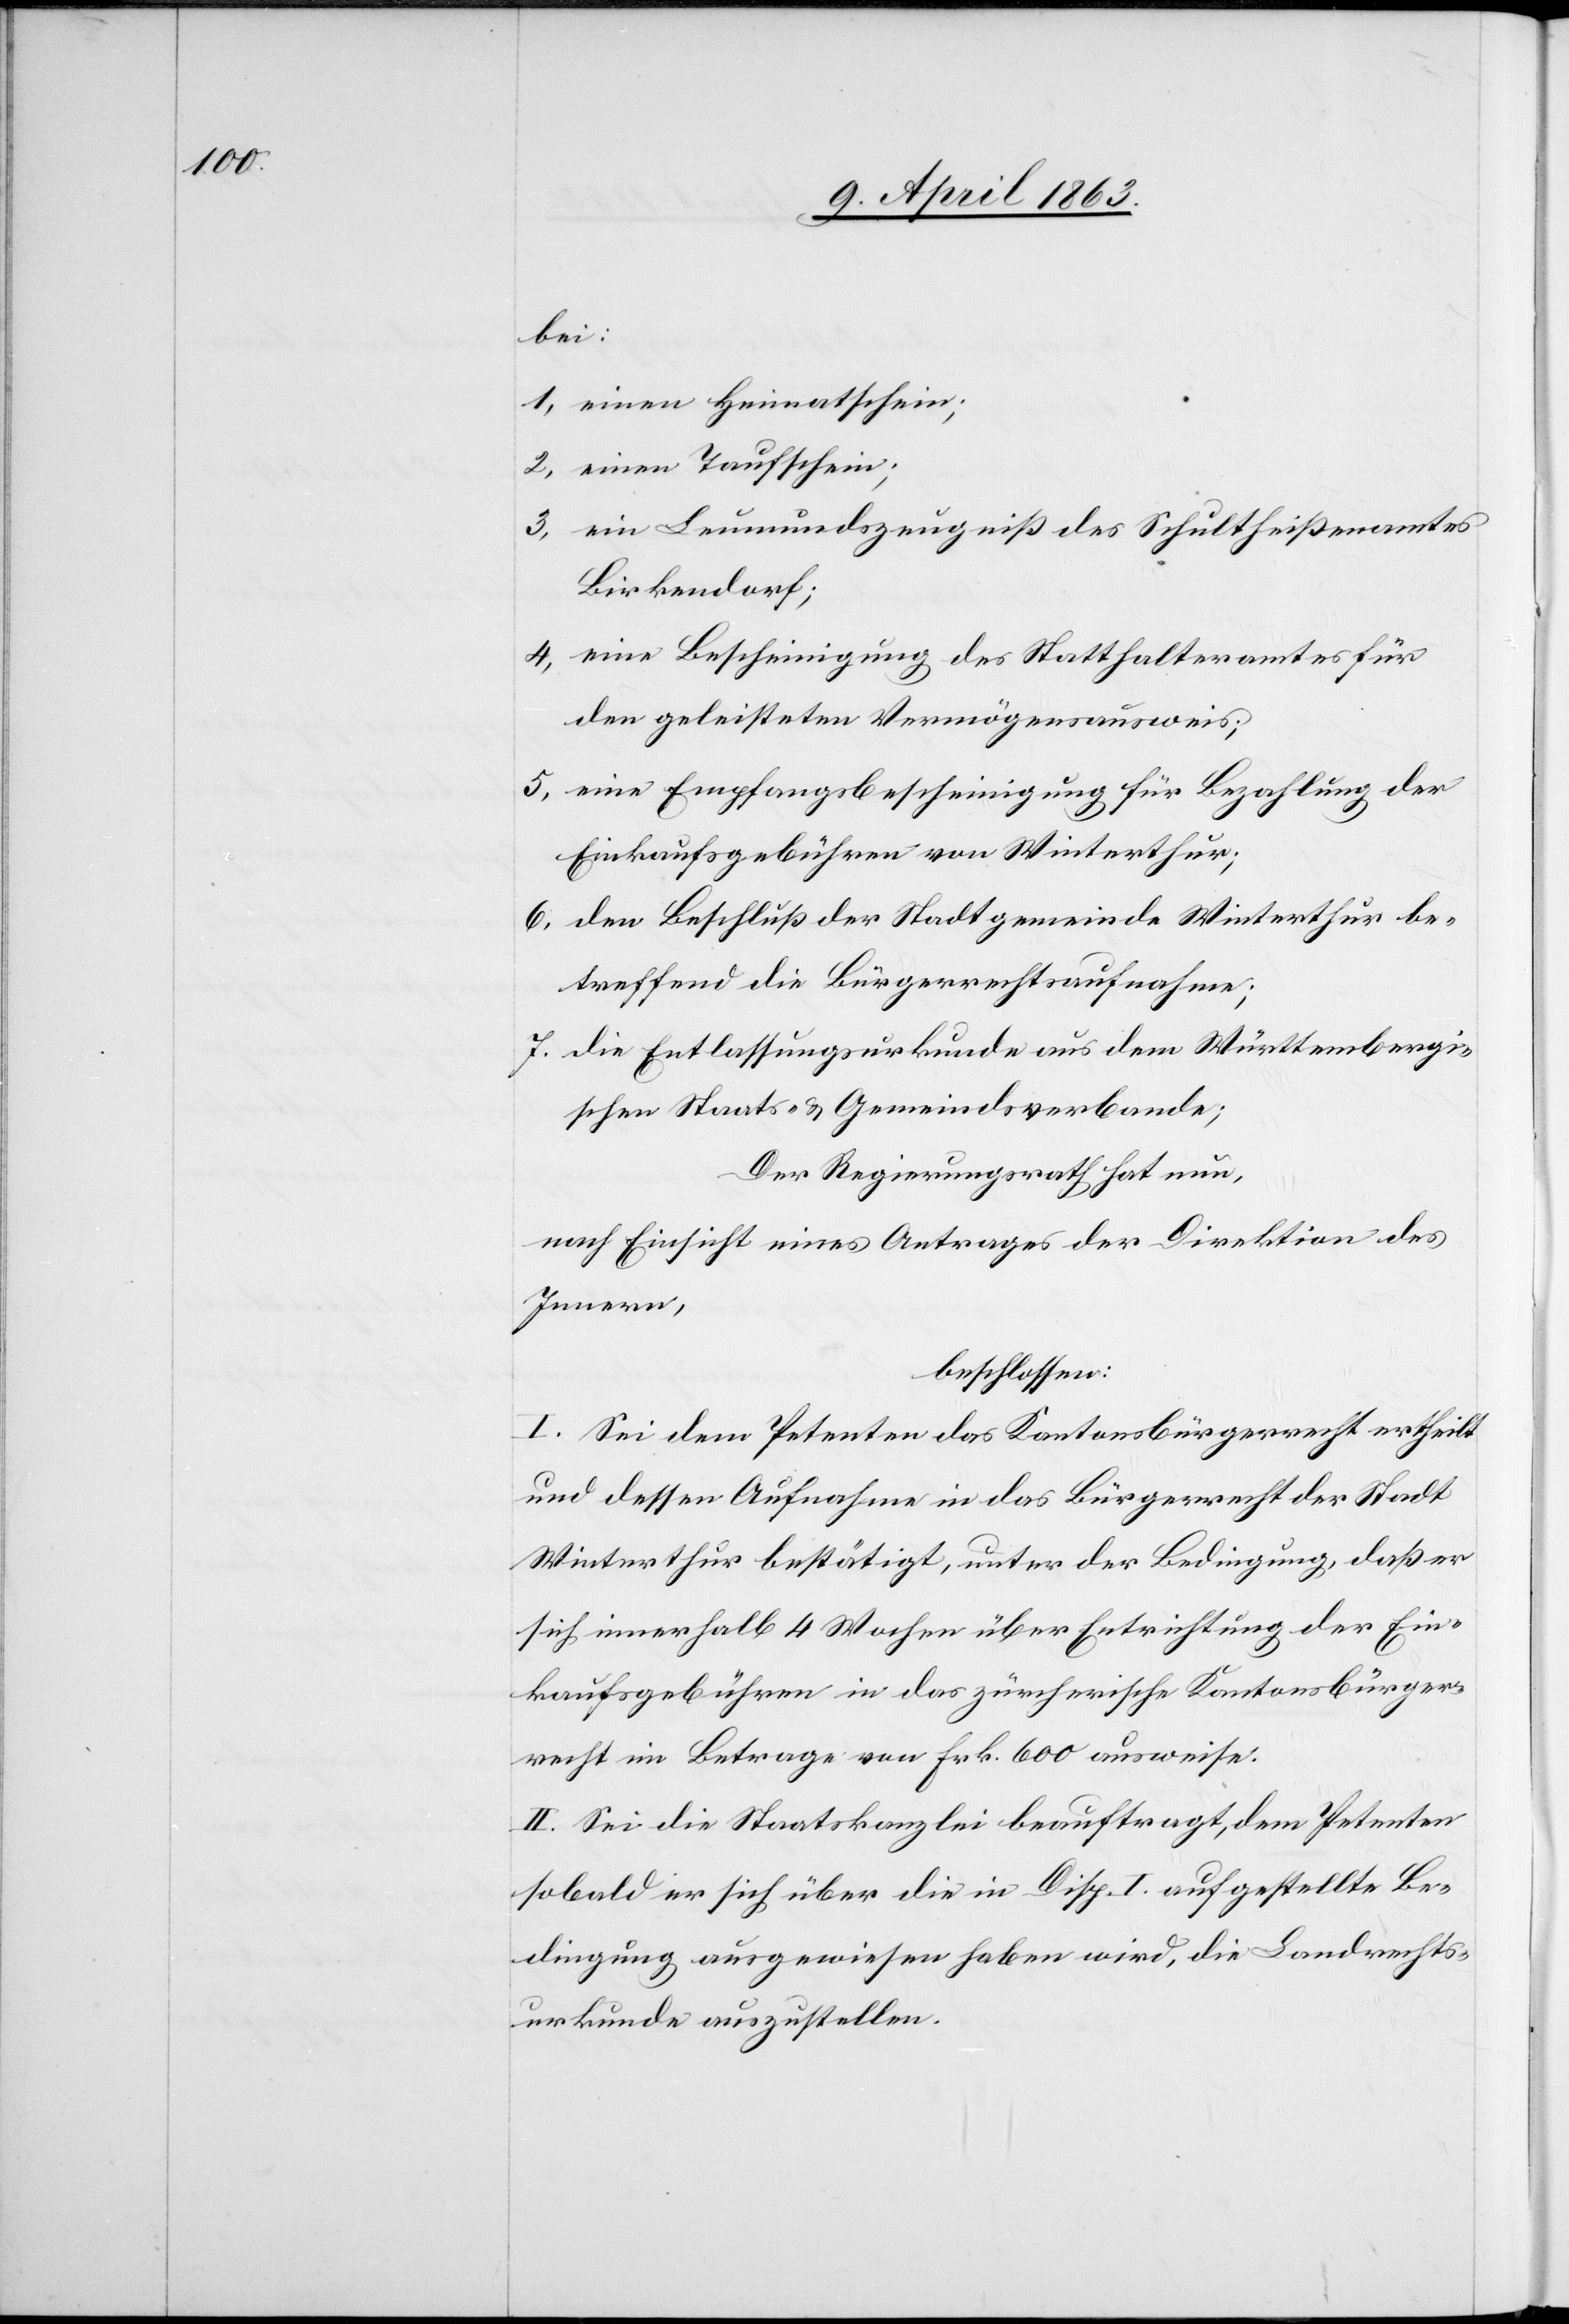
bei:
1) einen Heimatschein;
2) einen Taufschein;
3) ein Leumundszeugniß des Schultheißenamtes
Birkendorf;
4) eine Bescheinigung des Statthalteramtes für
den geleisteten Vermögensausweis;
5) eine Empfangsbescheinigung für Bezahlung der
Einkaufsgebühren von Winterthur;
6) den Beschluß der Stadtgemeinde Winterthur be¬
treffend die Bürgerrechtsaufnahme;
7) die Entlassungsurkunde aus dem Württembergi¬
schen Staats- & Gemeindsverbande;
Der Regierungsrath hat nun,
nach Einsicht eines Antrages der Direktion des
Innern,
beschlossen:
I. Sei dem Petenten das Kantonsbürgerrecht ertheilt
und dessen Aufnahme in das Bürgerrecht der Stadt
Winterthur bestätigt, unter der Bedingung, daß er
sich innerhalb 4 Wochen über Entrichtung der Ein¬
kaufsgebühren in das zürcherische Kantonsbürger¬
recht im Betrage von Frk. 600 ausweise.
II. Sei die Staatskanzlei beauftragt, dem Petenten
sobald er sich über die in Disp. I aufgestellte Be¬
dingung ausgewiesen haben wird, die Landrechts¬
urkunde auszustellen.